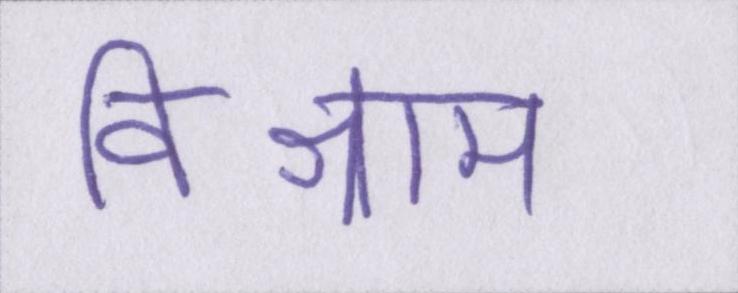
विश्राम